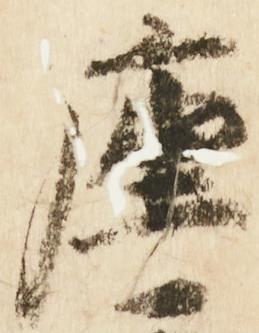
座